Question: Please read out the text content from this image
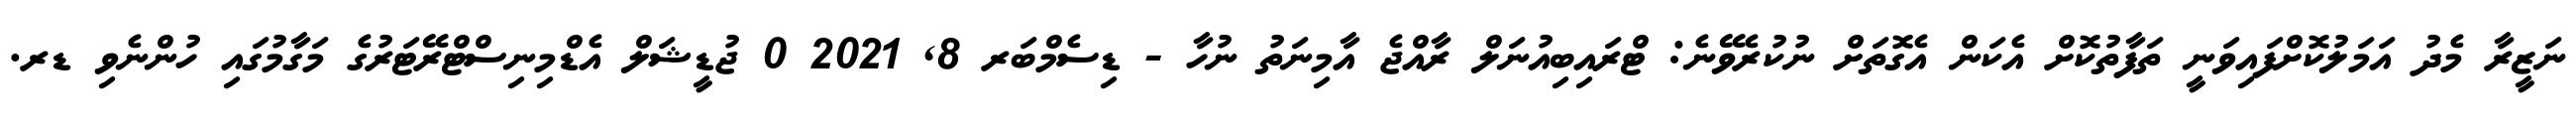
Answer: ނަޒީރާ މެދު އަމަލުކޮށްފައިވަނީ ތަފާތުކޮށް އެކަން އެގޮތަށް ނުކުރެވޭނެ: ޓްރައިބިއުނަލް ރާއްޖެ އާމިނަތު ނުހާ - ޑިސެމްބަރ 8, 2021 0 ޖުޑީޝަލް އެޑްމިނިސްޓްރޭޓަރުގެ މަގާމުގައި ހުންނެވި ޑރ.